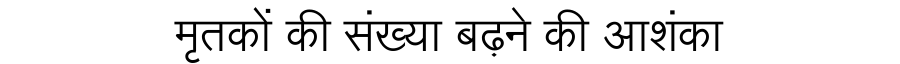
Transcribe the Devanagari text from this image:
मृतकों की संख्या बढ़ने की आशंका